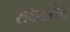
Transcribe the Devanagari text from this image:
राकेडयेट